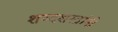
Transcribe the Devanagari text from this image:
शब्दशस्त्रांनी